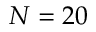
N = 2 0